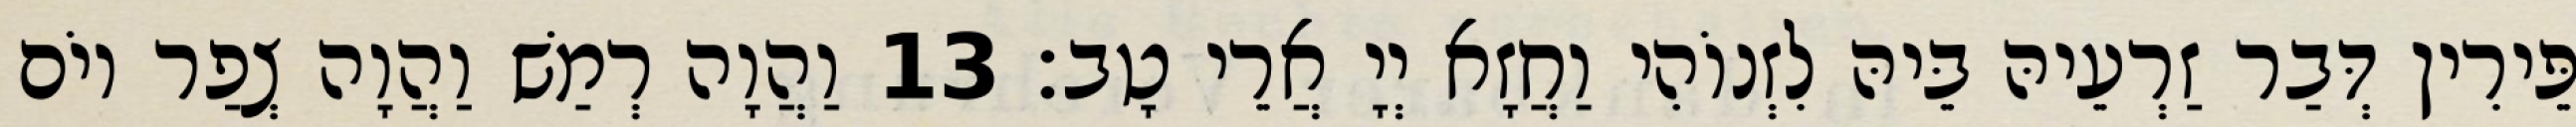
פֵּירִין דְּבַר זַרְעֵיהּ בֵּיהּ לִזְנוֹהִי וַחֲזָא יְיָ אֲרֵי טָב׃ 13 וַהֲוָה רְמַשׁ וַהֲוָה צְפַר יוֹם